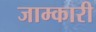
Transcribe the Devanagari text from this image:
जाम्कारी